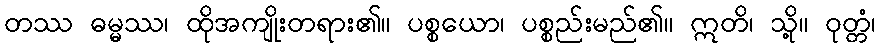
တဿ ဓမ္မဿ၊ ထိုအကျိုးတရား၏။ ပစ္စယော၊ ပစ္စည်းမည်၏။ ဣတိ၊ သို့။ ဝုတ္တံ၊